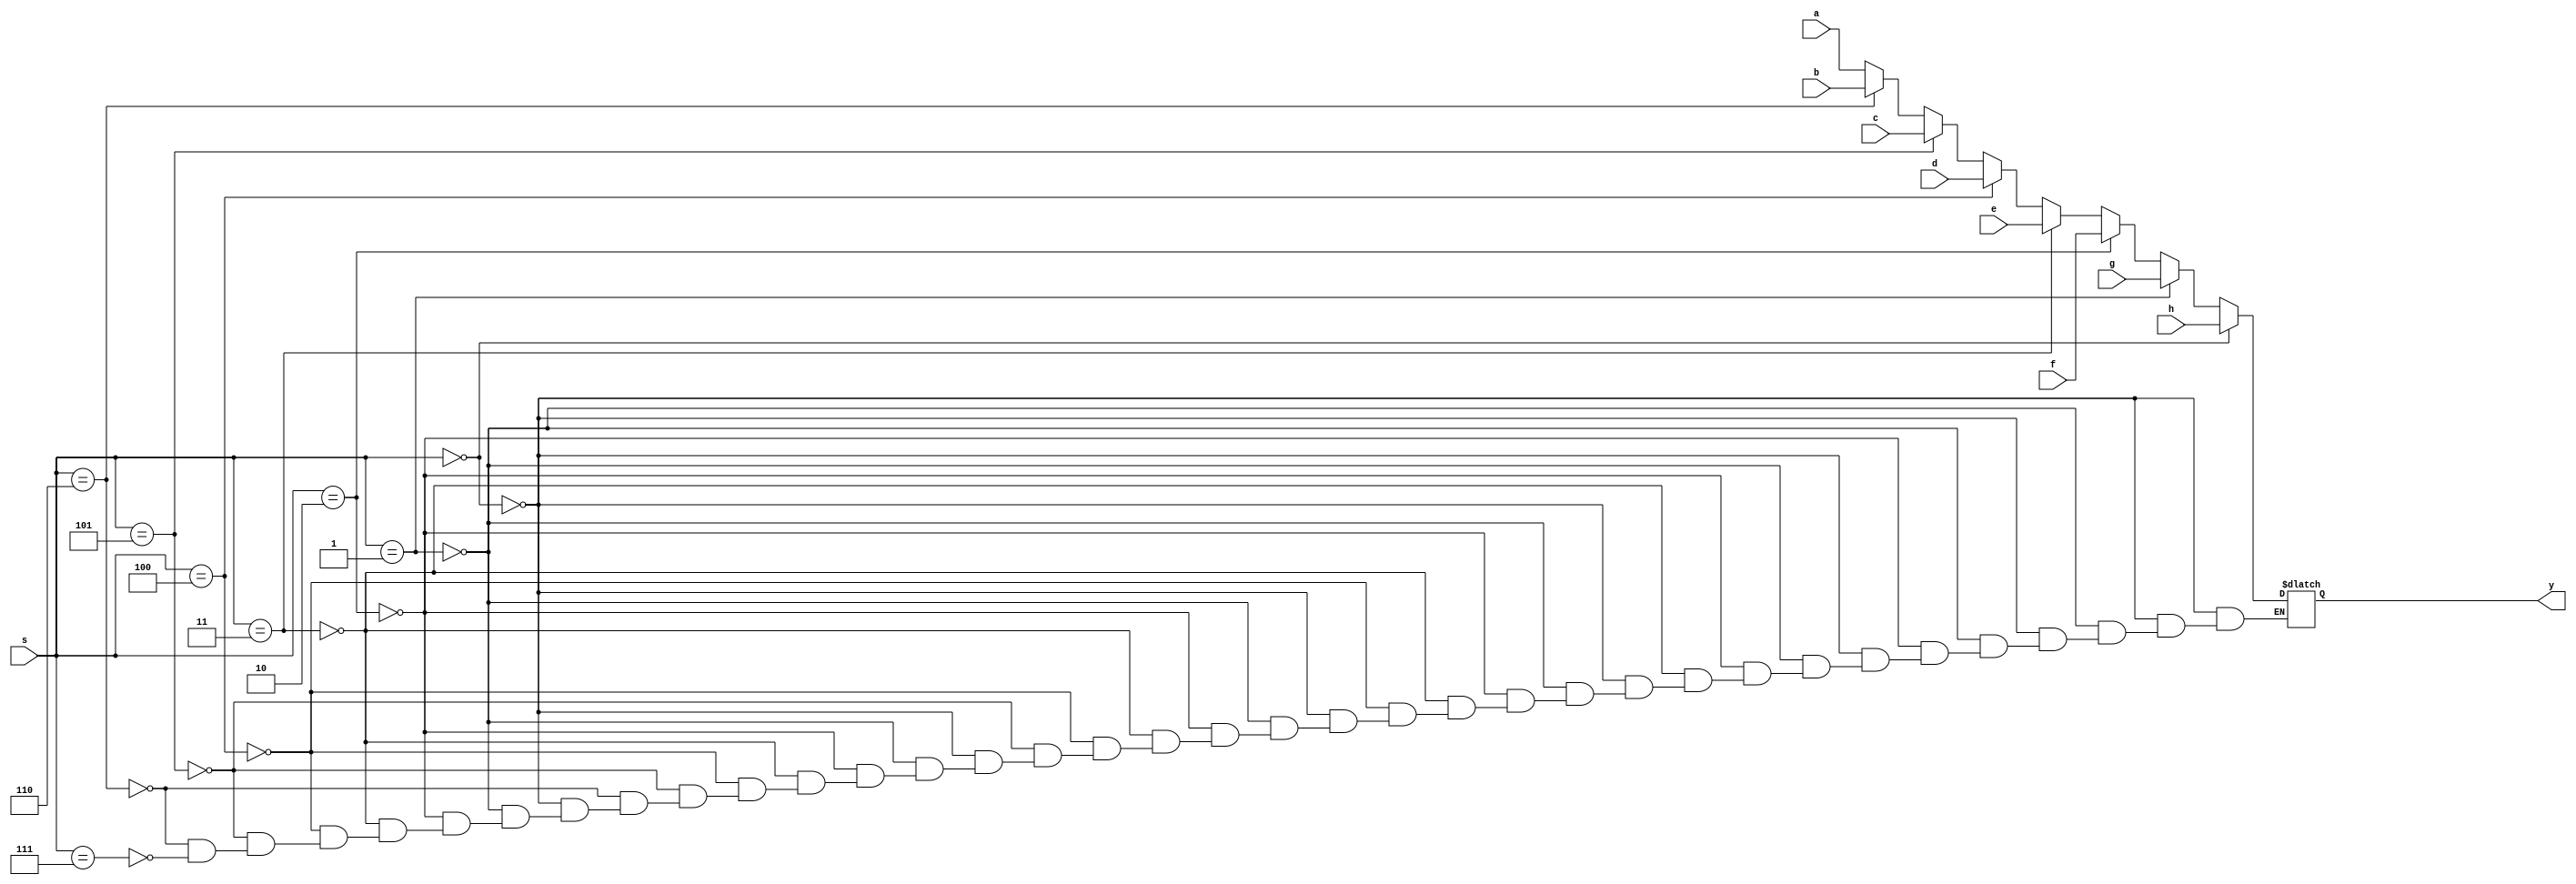
module mux41(s,a,b,c,d,e,f,g,h,y);
input a,b,c,d,e,f,g,h;
input [2:0] s;
output y;
reg y;
always@(*)begin
/*case (s)	
	2'b00 : y=a;
	2'b01 : y=b;
	2'b10 : y=c;
	2'b11 : y=d;
endcase*/

if(s==3'b000)	
	begin
	y=h;
	end
else if(s==3'b001)
	begin
	y=g;
	end
else if(s==3'b010)
	begin
	y=f;
	end
else if(s==3'b011)
	begin
	y=e;
	end
else if(s==3'b100)
	begin
	y=d;
	end
else if(s==3'b101)
	begin
	y=c;
	end
else if(s==3'b110)
	begin
	y=b;
	end
else if(s==3'b111)
	begin
	y=a;
	end

end
endmodule